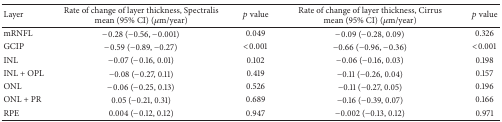
<table><thead><tr><td><b>Layer</b></td><td><b>Rate of change of layer thickness, Spectralis mean (95% CI) (<i>μ</i>m/year)</b></td><td><b><i>p</i> value</b></td><td><b>Rate of change of layer thickness, Cirrus mean (95% CI) (<i>μ</i>m/year)</b></td><td><b><i>p</i> value</b></td></tr></thead><tbody><tr><td>mRNFL</td><td>−0.28 (−0.56, −0.001)</td><td>0.049</td><td>−0.09 (−0.28, 0.09)</td><td>0.326</td></tr><tr><td>GCIP</td><td>−0.59 (−0.89, −0.27)</td><td>&lt;0.001</td><td>−0.66 (−0.96, −0.36)</td><td>&lt;0.001</td></tr><tr><td>INL</td><td>−0.07 (−0.16, 0.01)</td><td>0.102</td><td>−0.06 (−0.16, 0.03)</td><td>0.198</td></tr><tr><td>INL + OPL</td><td>−0.08 (−0.27, 0.11)</td><td>0.419</td><td>−0.11 (−0.26, 0.04)</td><td>0.157</td></tr><tr><td>ONL</td><td>−0.06 (−0.25, 0.13)</td><td>0.526</td><td>−0.11 (−0.27, 0.05)</td><td>0.196</td></tr><tr><td>ONL + PR</td><td>0.05 (−0.21, 0.31)</td><td>0.689</td><td>−0.16 (−0.39, 0.07)</td><td>0.166</td></tr><tr><td>RPE</td><td>0.004 (−0.12, 0.12)</td><td>0.947</td><td>−0.002 (−0.13, 0.12)</td><td>0.971</td></tr></tbody></table>